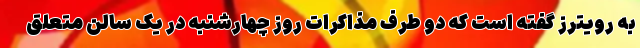
به رویترز گفته است که دو طرف مذاکرات روز چهارشنبه در یک سالن‌ متعلق